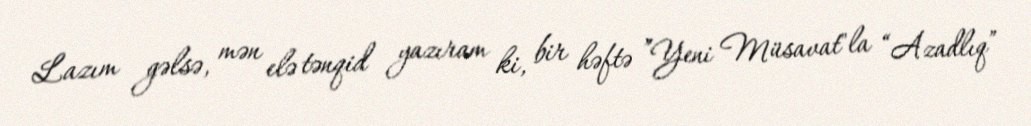
Lazım gəlsə, mən elə tənqid yazıram ki, bir həftə ”Yeni Müsavat"la “Azadlıq”